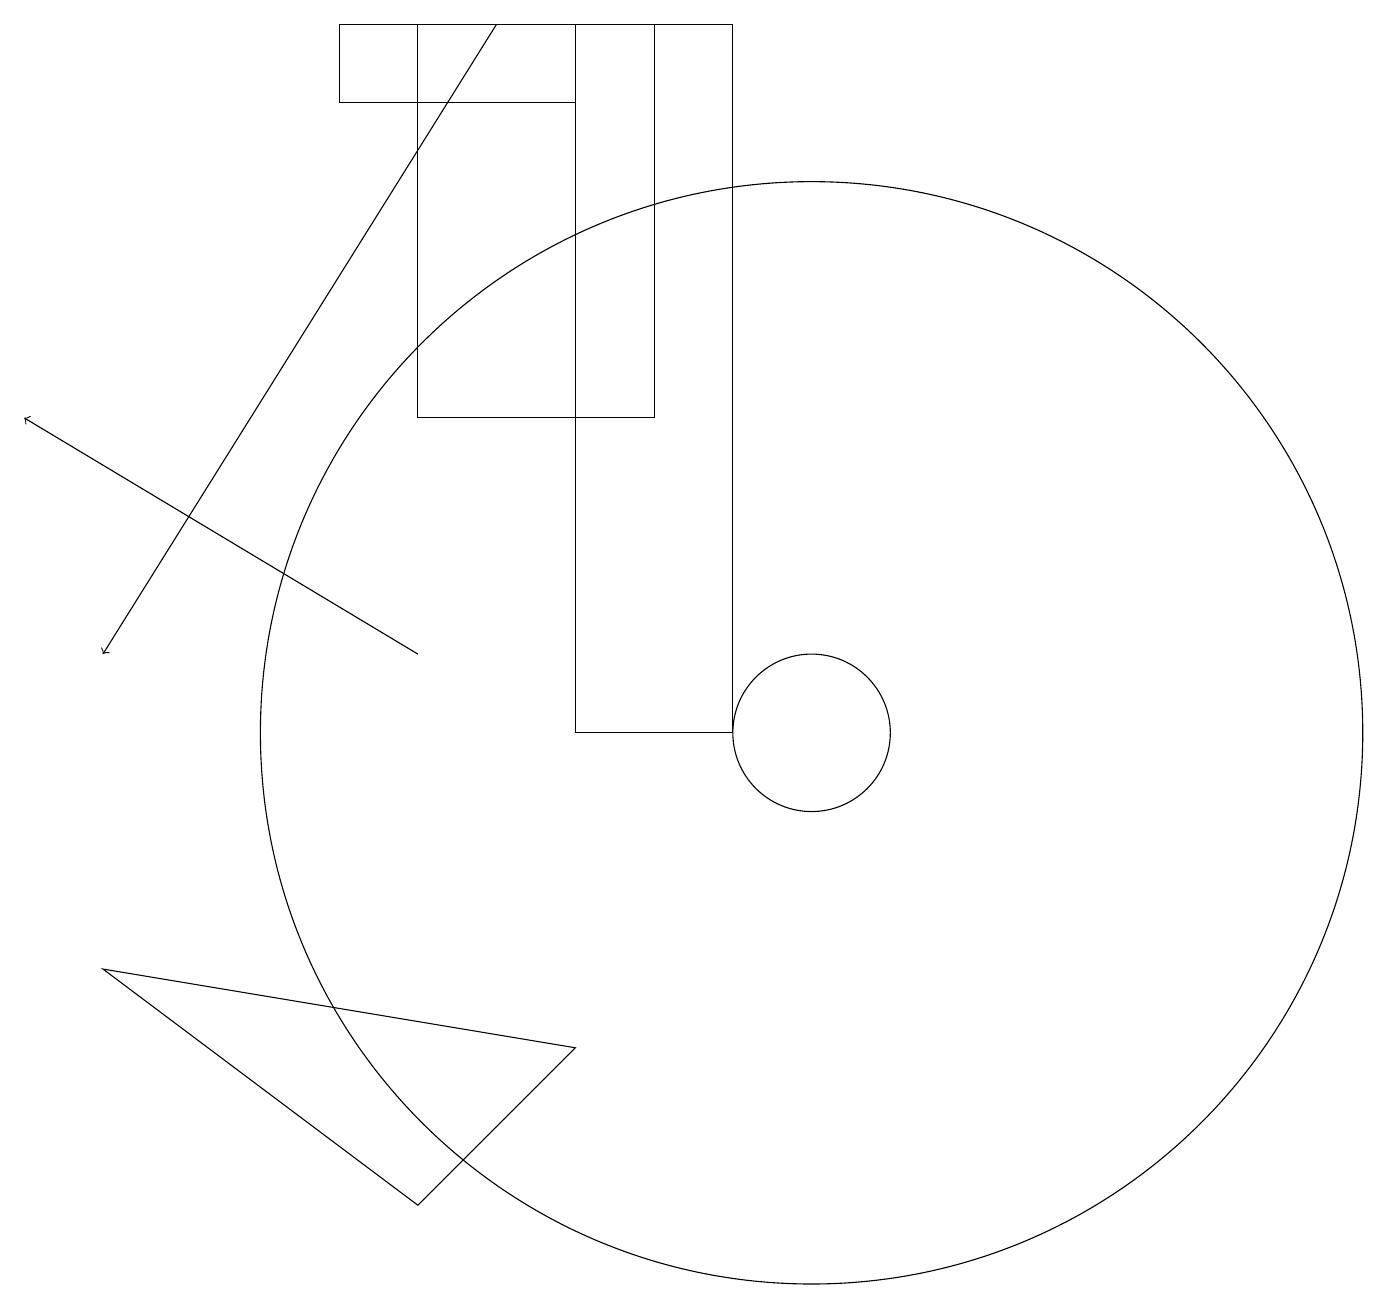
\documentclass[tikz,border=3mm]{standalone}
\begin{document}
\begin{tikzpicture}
\draw (7,18) rectangle (4,19);
\draw (1,7) -- (7,6) -- (5,4) -- cycle;
\draw (10,10) circle (1);
\draw[->] (5,11) -- (0,14);
\draw (10,10) circle (7);
\draw[->] (6,19) -- (1,11);
\draw (9,19) rectangle (7,10);
\draw (8,19) rectangle (5,14);
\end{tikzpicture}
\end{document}